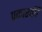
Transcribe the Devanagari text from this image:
प्रकारकी